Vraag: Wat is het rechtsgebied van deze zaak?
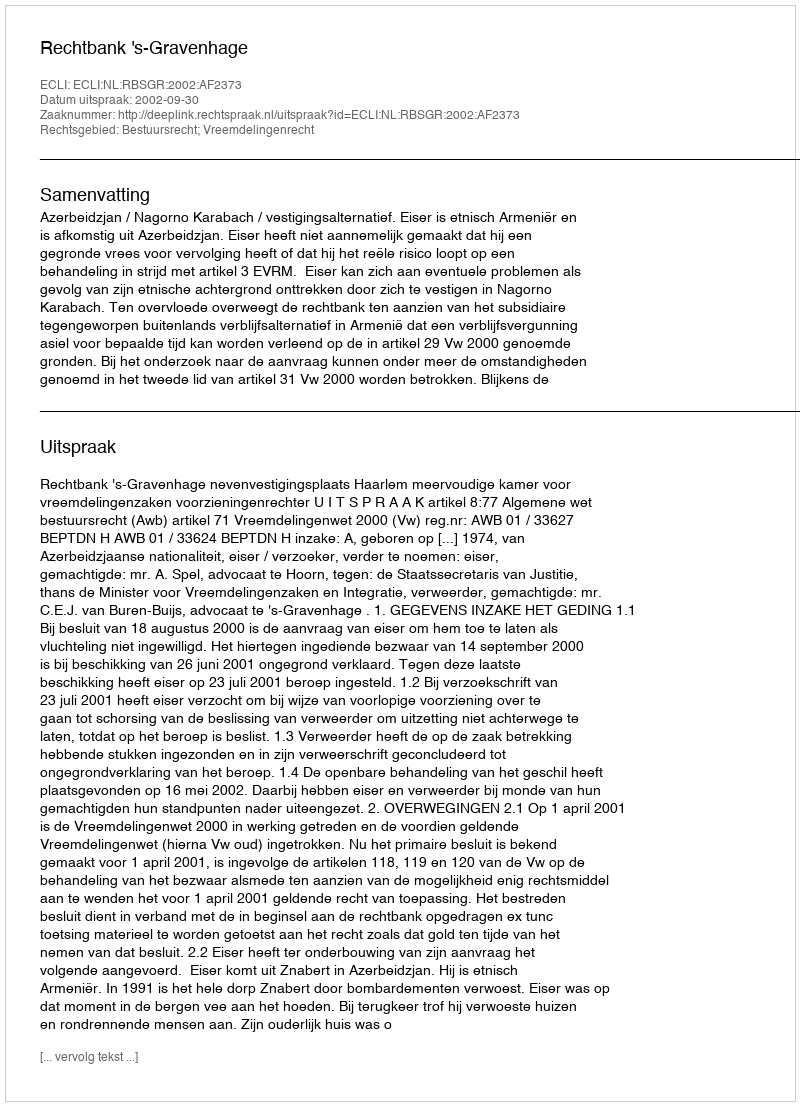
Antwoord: Bestuursrecht; Vreemdelingenrecht